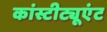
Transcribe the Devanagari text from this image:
कांस्टीट्यूएंट